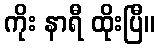
ကိုး နာရီ ထိုးပြီ။